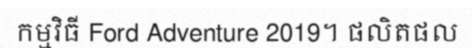
កម្មវិធី Ford Adventure 2019។ ផលិតផល